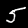
Digit: 5